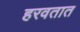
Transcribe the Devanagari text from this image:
हरवतात